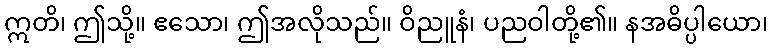
ဣတိ၊ ဤသို့။ ဧသော၊ ဤအလိုသည်။ ဝိညူနံ၊ ပညဝါတို့၏။ နအဓိပ္ပါယော၊